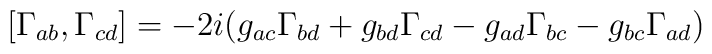
[\Gamma_{ab},\Gamma_{cd}]=-2i (g_{ac}\Gamma_{bd}+g_{bd}\Gamma_{cd}-g_{ad}\Gamma_{bc}-g_{bc}\Gamma_{ad})